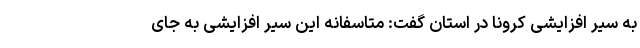
به سیر افزایشی کرونا در استان گفت: متاسفانه این سیر افزایشی به جای